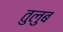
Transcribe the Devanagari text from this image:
तुलुब